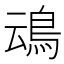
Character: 䲰